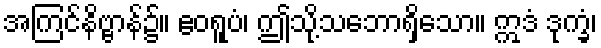
အကြင်နိဗ္ဗာန်၌။ ဧဝရူပံ၊ ဤသို့သဘောရှိသော။ ဣဒံ ဒုက္ခံ၊